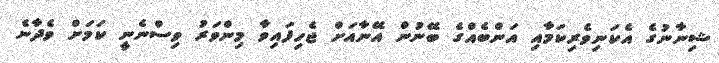
ޝިނާނުގެ އެކަނިވެރިކަމާއި އަންބެއްގެ ބޭނުން އޭނާއަށް ޖެހިފައިވާ މިންވަރު ވިސްނެނީ ކަމަށް ވެދާނެ